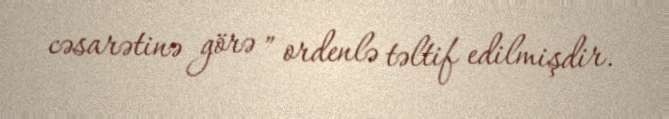
cəsarətinə görə ” ordenlə təltif edilmişdir.